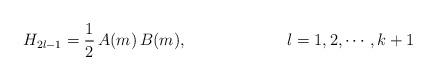
LaTeX: \begin{align*}H_{2l-1}=\frac{1}{2}\,A(m)\,B(m), \hspace{1in} l=1, 2, \cdots, k+1\end{align*}